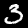
Digit: 3